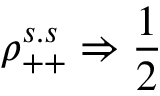
\rho _ { + + } ^ { s . s } \Rightarrow { \frac { 1 } { 2 } }